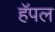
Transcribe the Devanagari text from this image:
हॅपल